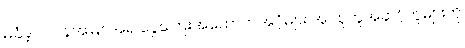
မခံခဲ့ ဂူလန်အမြင်အရ ငွေကြေးအထောက်အပံ့များ အုပ်စုတူအဆင့်တူများကို